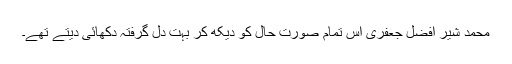
محمد شیر افضل جعفری اس تمام صورت حال کو دیکھ کر بہت دل گرفتہ دکھائی دیتے تھے۔